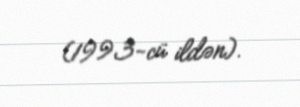
(1993-cü ildən).